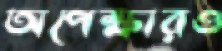
অপেক্ষারও